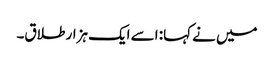
میں نے کہا: اسے ایک ہزار طلاق۔